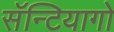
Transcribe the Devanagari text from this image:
सॅन्टियागो